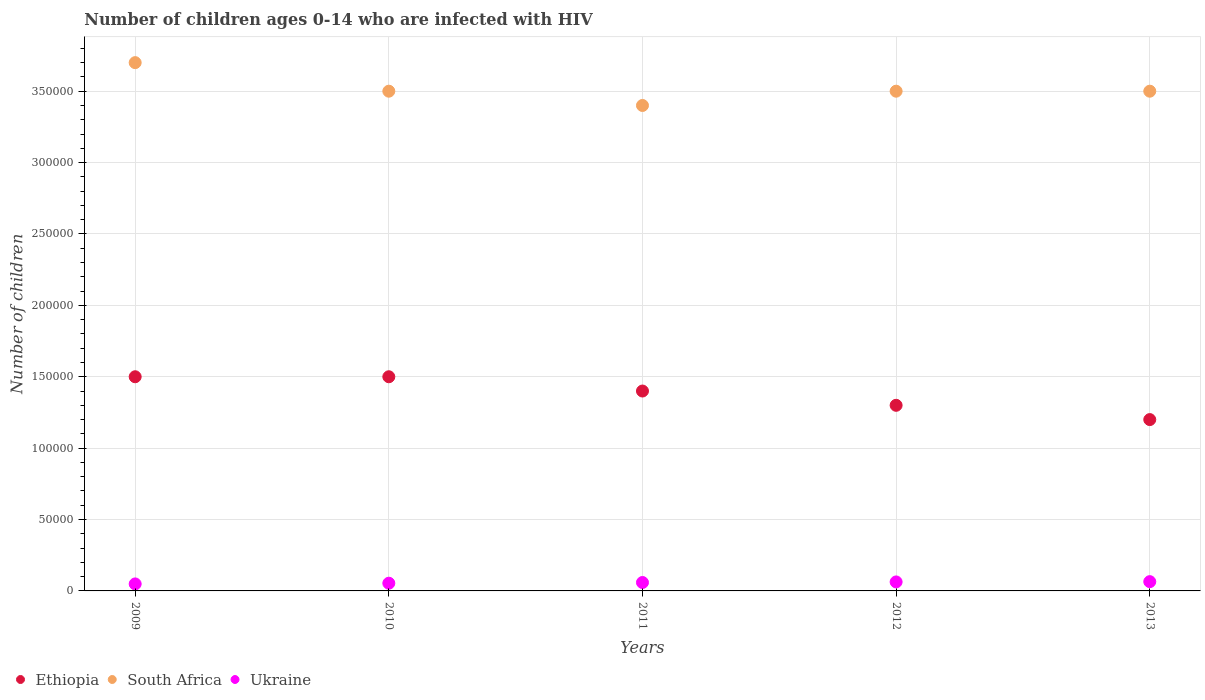
| Years | Ethiopia | South Africa | Ukraine |
 | --- | --- | --- | --- |
 | 2009 | 1.5e+05 | 3.7e+05 | 4.9e+03 |
 | 2010 | 1.5e+05 | 3.5e+05 | 5.4e+03 |
 | 2011 | 1.4e+05 | 3.4e+05 | 5.9e+03 |
 | 2012 | 1.3e+05 | 3.5e+05 | 6.3e+03 |
 | 2013 | 1.2e+05 | 3.5e+05 | 6.5e+03 |